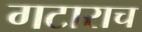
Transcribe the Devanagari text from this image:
गटाराच